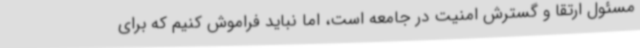
مسئول ارتقا و گسترش امنیت در جامعه است، اما نباید فراموش کنیم که برای